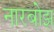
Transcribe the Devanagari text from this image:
नारबोझ